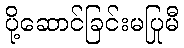
ပို့ဆောင်ခြင်းမပြုမီ